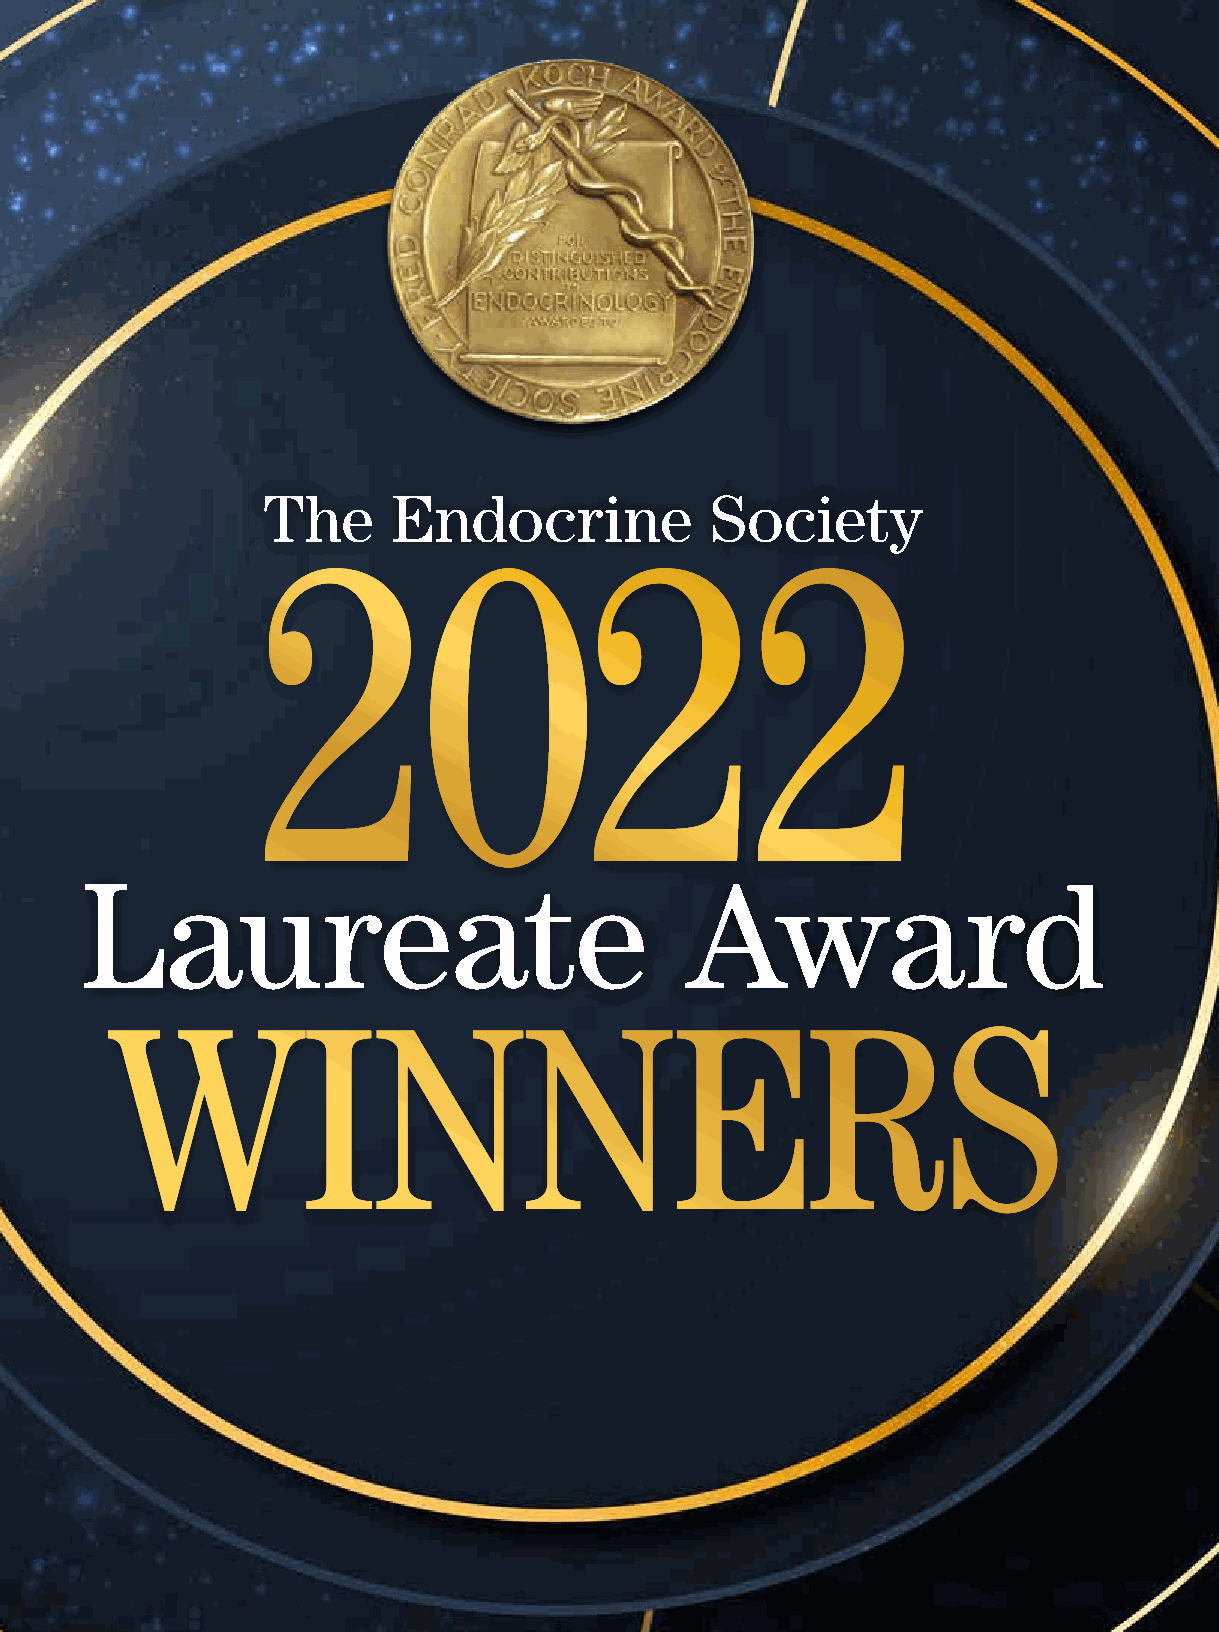
The      Endocrine            Society
 2022
 Laureate                                Award
 WINNERS